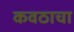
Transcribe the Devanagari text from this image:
कवठाचा